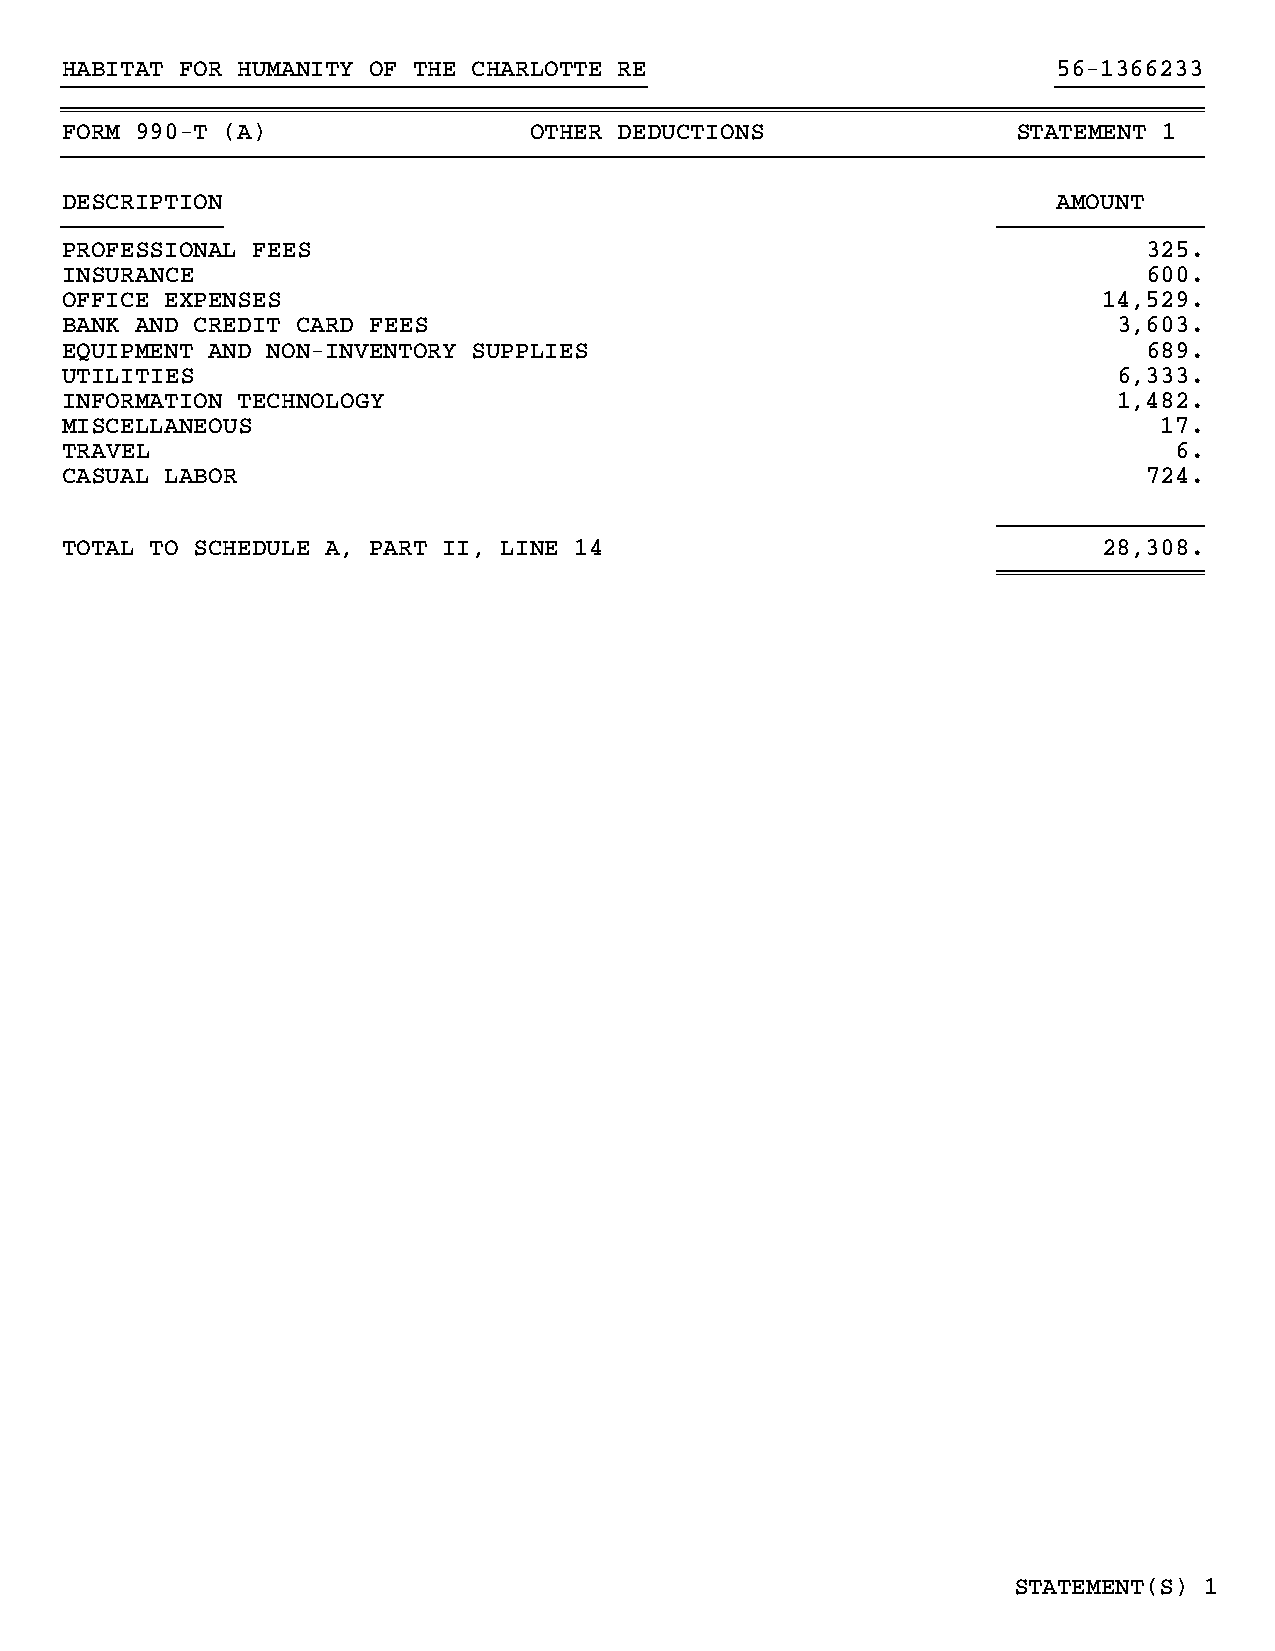
HABITAT FOR HUMANITY OF THE CHARLOTTE RE                          56-1366233
 }}}}}}}}}}}}}}}}}}}}}}}}}}}}}}}}}}}}}}}}                          }}}}}}}}}}
 ~~~~~~~~~~~~~~~~~~~~~~~~~~~~~~~~~~~~~~~~~~~~~~~~~~~~~~~~~~~~~~~~~~~~~~~~~~~~~~
 FORM 990-T (A)                 OTHER DEDUCTIONS                STATEMENT 1
 }}}}}}}}}}}}}}}}}}}}}}}}}}}}}}}}}}}}}}}}}}}}}}}}}}}}}}}}}}}}}}}}}}}}}}}}}}}}}}
 DESCRIPTION                                                       AMOUNT
 }}}}}}}}}}}                                                   }}}}}}}}}}}}}}
 PROFESSIONAL FEES                                                       325.
 INSURANCE                                                               600.
 OFFICE EXPENSES                                                      14,529.
 BANK AND CREDIT CARD FEES                                             3,603.
 EQUIPMENT AND NON-INVENTORY SUPPLIES                                    689.
 UTILITIES                                                             6,333.
 INFORMATION TECHNOLOGY                                                1,482.
 MISCELLANEOUS                                                            17.
 TRAVEL                                                                    6.
 CASUAL LABOR                                                            724.
 }}}}}}}}}}}}}}
 TOTAL TO SCHEDULE A, PART II, LINE 14                                28,308.
 ~~~~~~~~~~~~~~
 STATEMENT(S) 1